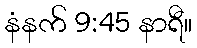
နံနက် 9:45 နာရီ။